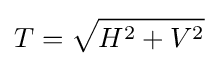
T={\sqrt {H^{2}+V^{2}}}